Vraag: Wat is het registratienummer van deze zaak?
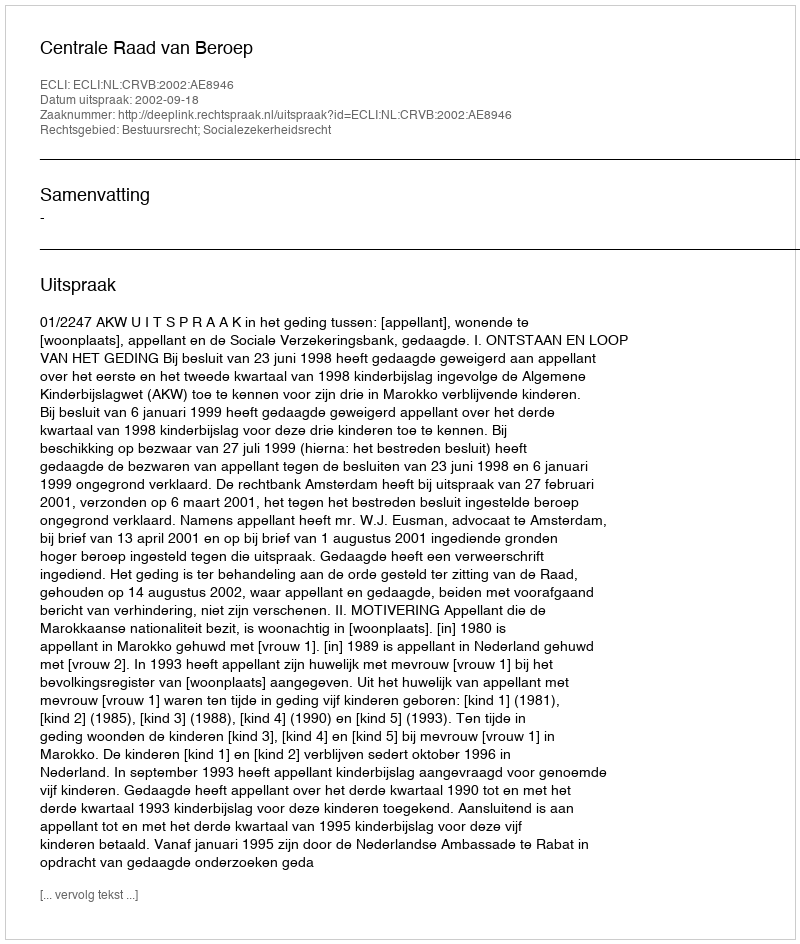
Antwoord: http://deeplink.rechtspraak.nl/uitspraak?id=ECLI:NL:CRVB:2002:AE8946